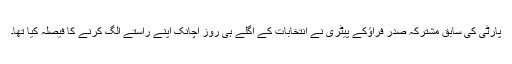
پارٹی کی سابق مشترکہ صدر فراؤکے پیٹری نے انتخابات کے اگلے ہی روز اچانک اپنے راستے الگ کرنے کا فیصلہ کیا تھا۔